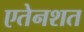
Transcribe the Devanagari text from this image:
एतेनशत